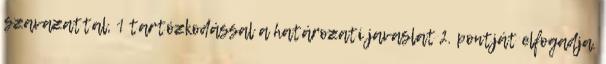
szavazattal, 1 tartózkodással a határozati javaslat 2. pontját elfogadja.